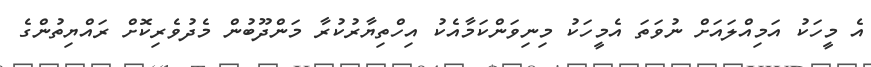
އެ މީހަކު އަމިއްލައަށް ނުވަތަ އެމީހަކު މިނިވަންކަމާއެކު އިހްތިޔާރުކުރާ މަންދޫބުން މެދުވެރިކޮށް ރައްޔިތުންގެ